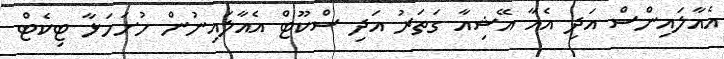
އެއާލައިންސް އަދި އެއާ އޭޝިއާ ގަތަރު އަދި ސްކޫޓް އެއާލައިނުން ހުށަހަޅާ ޓިކެޓް